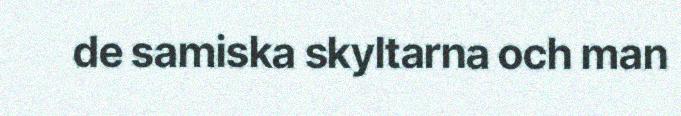
de samiska skyltarna och man